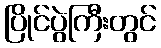
ပြိုင်ပွဲကြီးတွင်